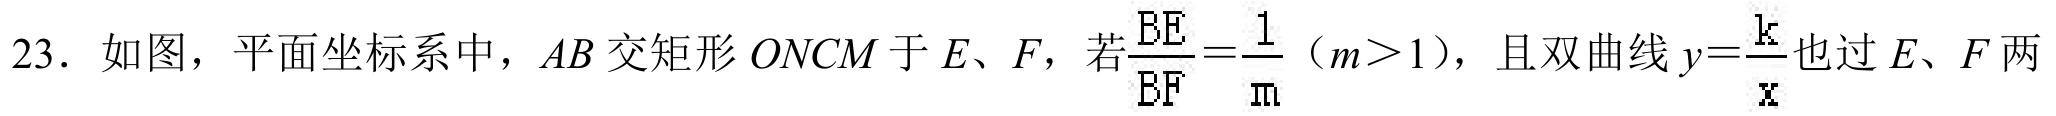
23．如图，平面坐标系中，\(AB\)交矩形\(ONCM\)于\(E\)、\(F\)，若\(\frac{AE}{EF}=\frac{1}{m}\)（\(m > 1\)），且双曲线\(y = \frac{k}{x}\)也过\(E\)、\(F\)两